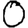
Digit: 0